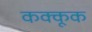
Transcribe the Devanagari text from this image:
कक्कूक